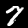
Label: 7